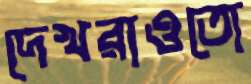
দেখরাওতো